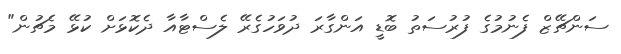
ސަންޗޭޒް ފެނުމުގެ ފުރުސަތު ބޮޑީ އަންގާރަ ދުވަހުގެެރޭ ލެސްޓާއާ ދެކޮޅަށް ކުޅޭ މެޗުން"